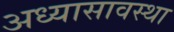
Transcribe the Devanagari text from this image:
अध्यासावस्था